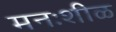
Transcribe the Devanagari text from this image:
मनःशीळ